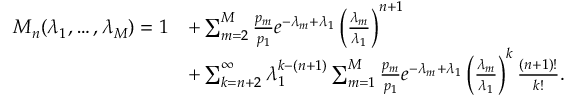
\begin{array} { r l } { M _ { n } ( \lambda _ { 1 } , \dots , \lambda _ { M } ) = 1 } & { + \sum _ { m = 2 } ^ { M } \frac { p _ { m } } { p _ { 1 } } e ^ { - \lambda _ { m } + \lambda _ { 1 } } \left( \frac { \lambda _ { m } } { \lambda _ { 1 } } \right) ^ { n + 1 } } \\ & { + \sum _ { k = n + 2 } ^ { \infty } \lambda _ { 1 } ^ { k - ( n + 1 ) } \sum _ { m = 1 } ^ { M } \frac { p _ { m } } { p _ { 1 } } e ^ { - \lambda _ { m } + \lambda _ { 1 } } \left( \frac { \lambda _ { m } } { \lambda _ { 1 } } \right) ^ { k } \frac { ( n + 1 ) ! } { k ! } . } \end{array}